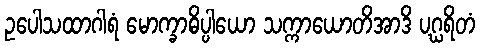
ဥပေါသထာဂါရံ မောက္ခာဓိပ္ပါယော သက္ကာယောတိအာဒိ ပဂ္ဃရိတံ